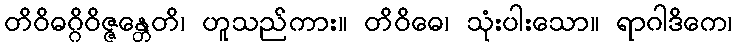
တိဝိဓဂ္ဂိဝိဇ္ဇန္တေတိ၊ ဟူသည်ကား။ တိဝိဓေ၊ သုံးပါးသော။ ရာဂါဒိကေ၊